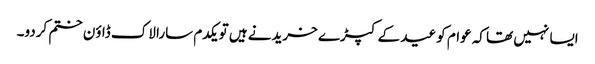
ایسا نہیں تھا کہ عوام کو عید کے کپڑے خریدنے ہیں تو یکدم سارا لاک ڈاؤن ختم کردو۔